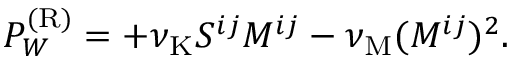
P _ { W } ^ { ( \mathrm { { R } } ) } = + \nu _ { \mathrm { { K } } } { \cal { S } } ^ { i j } { \cal { M } } ^ { i j } - \nu _ { \mathrm { { M } } } ( { \cal { M } } ^ { i j } ) ^ { 2 } .